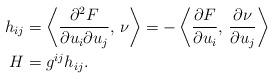
LaTeX: \begin{align*}h_{ij} & = \left\langle\frac{\partial^2 F}{\partial u_i\partial u_j},\,\nu\right\rangle = -\left\langle\frac{\partial F}{\partial u_i},\,\frac{\partial \nu}{\partial u_j}\right\rangle\\H & = g^{ij}h_{ij}.\end{align*}